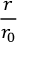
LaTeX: \frac { r } { r _ { 0 } }